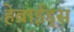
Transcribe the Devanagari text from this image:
हेब्राईड्स